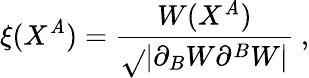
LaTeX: \xi(X^{\mathit{A}})=\frac{{W(X^{\mathit{A}})}}{{\sqrt{}{{|\partial_{B}W\partial^{B}W|}}}}~,